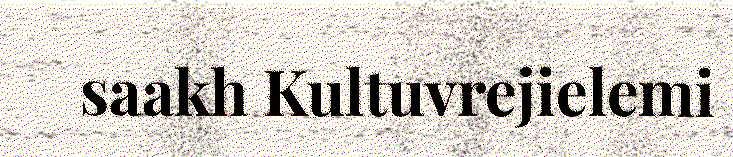
saakh Kultuvrejielemi